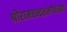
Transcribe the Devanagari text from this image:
श्रीरामचन्द्रशभगवंस्तव